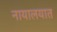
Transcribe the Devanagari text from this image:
नायालयात